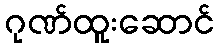
ဂုဏ်ထူးဆောင်